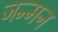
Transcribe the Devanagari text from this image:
जन्मन